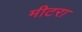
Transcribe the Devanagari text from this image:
मीटरा